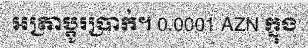
អត្រាប្តូរប្រាក់។ 0.0001 AZN ក្នុង